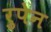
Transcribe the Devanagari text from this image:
रुपेन